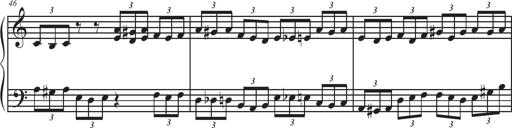
Title: Sonatina Espania
Composer: Jerald Franklin Archer
Key: Various